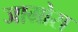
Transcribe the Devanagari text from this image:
जाग्रोस